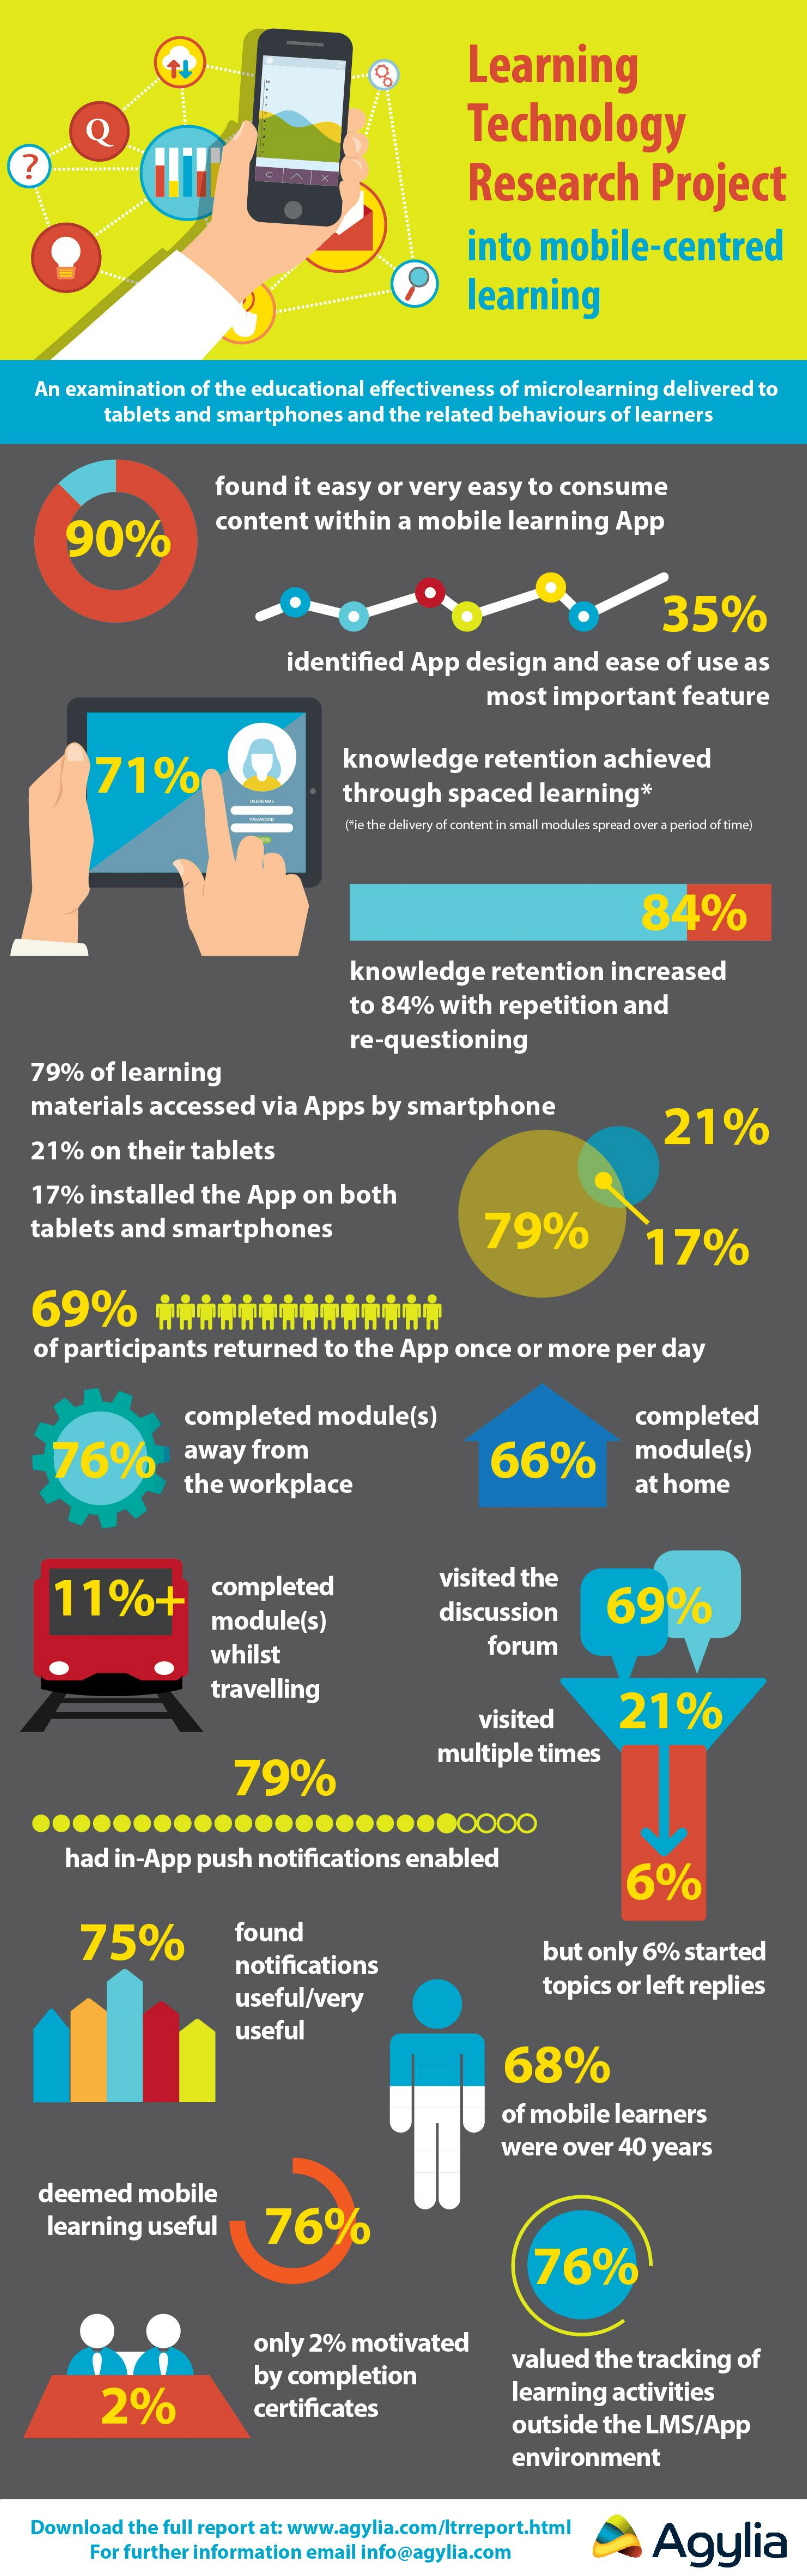
Learning
     Q    Technology
     Research    Project
     into  mobile-centred
     learning
   An examination of the educational effectiveness of microlearning delivered to
     tablets and smartphones and the related behaviours of learners
     found  it easy or very easy to consume
     90%
     content  within a mobile  learning  App
     O    35%
     identified App   design and  ease  of use as
     most  important   feature
     71%    knowledge    retention  achieved
     through   spaced  learning*
     (*ie the delivery of content in small modules spread over a period of time)
     84%
     knowledge    retention  increased
     to 84%  with repetition  and
     re-questioning
   79%  of learning
   materials  accessed  via Apps  by smartphone
     21%
   21%  on  their tablets
   17%  installed the App   on both
   tablets and  smartphones    79%    17%
   69%    **************
   of participants returned   to the App once  or more  per day
     completed   module(s)    completed
     76%    away  from    66%    module(s)
     the workplace    at home
     11%+    completed    visited the
     module(s)    discussion    69%
     whilst    forum
     travelling
     visited    21%
     79%
     multiple times
     ............
     had in-App  push notifications enabled
     6%
     75%    found
     notifications
     but only 6% started
     useful/very    topics or left replies
     useful
     68%
     of mobile learners
     were over 40 years
    deemed   mobile
    learning useful    76%
     76%
     only 2%  motivated
     2%
     by completion
     valued the tracking of
     certificates
     learning activities
     outside the LMS/App
     environment
   Download the full report at: www.agylia.com/ltrreport.html
     For further information email info@agylia.com    Agylia